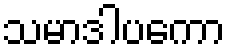
သမာဒါပကော